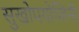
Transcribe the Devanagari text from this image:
सुखोपयोजिनी